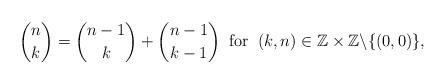
LaTeX: \begin{align*}{n\choose k}={n-1\choose k}+{n-1\choose k-1}\;\;\mbox{for}\;\;(k,n)\in\mathbb{Z}\times\mathbb{Z}\backslash\{(0,0)\},\end{align*}